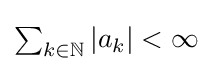
{\textstyle \sum _{k\in \mathbb {N} }|a_{k}|<\infty }